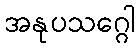
အနုပသဂ္ဂေါ